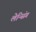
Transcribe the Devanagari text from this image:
लेन्सिंग